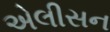
એલીસન